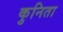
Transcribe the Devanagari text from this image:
कुनिता